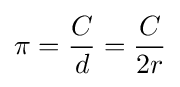
\pi ={\frac {C}{d}}={\frac {C}{2r}}